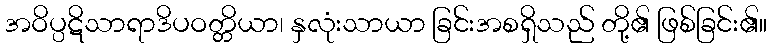
အဝိပ္ပဋိသာရာဒိပဝတ္တိယာ၊ နှလုံးသာယာ ခြင်းအစရှိသည် တို့၏ ဖြစ်ခြင်း၏။